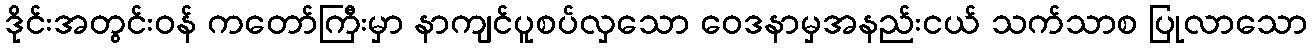
ဒိုင်းအတွင်းဝန် ကတော်ကြီးမှာ နာကျင်ပူစပ်လှသော ဝေဒနာမှအနည်းငယ် သက်သာစ ပြုလာသော